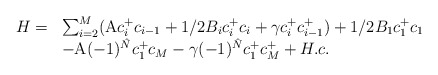
\begin{align*}\begin{array}{ll}H= & \sum_{i=2}^{M}(\mbox{\cal A}c^{+}_{i}c_{i-1}+1/2B_{i}c^{+}_{i}c_{i} +\gamma c^{+}_{i}c^{+}_{i-1}) +1/2B_{1}c^{+}_{1}c_{1}\\ & -\mbox{\cal A}(-1)^{\hat N}c^{+}_{1}c_{M} -\gamma (-1)^{\hat N}c^{+}_{1}c^{+}_{M} +H.c.\end{array}\end{align*}